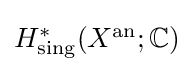
{\textstyle H_{\text{sing}}^{*}(X^{\text{an}};\mathbb {C} )}